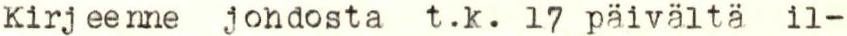
Kirjeenne johdosta t.k. 17 päivältä il-